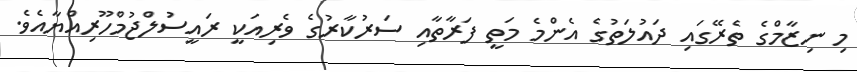
މި ނިޒާމްގެ ތެރޭގައި ދައުލަތުގެ އެންމެ މަތީ ފަރާތާއި ސަރުކާރުގެ ވެރިއަކީ ރައީސުލްޖުމްހޫރިއްޔާއެވެ.